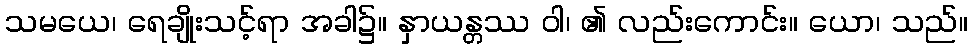
သမယေ၊ ရေချိုးသင့်ရာ အခါ၌။ နှာယန္တဿ ဝါ၊ ၏ လည်းကောင်း။ ယော၊ သည်။